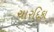
ચારદિકા